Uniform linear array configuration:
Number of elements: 24
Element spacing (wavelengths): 0.5
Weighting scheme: kaiser
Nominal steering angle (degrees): -60
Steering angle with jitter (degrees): -58.521
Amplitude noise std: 0.05
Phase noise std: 0.05

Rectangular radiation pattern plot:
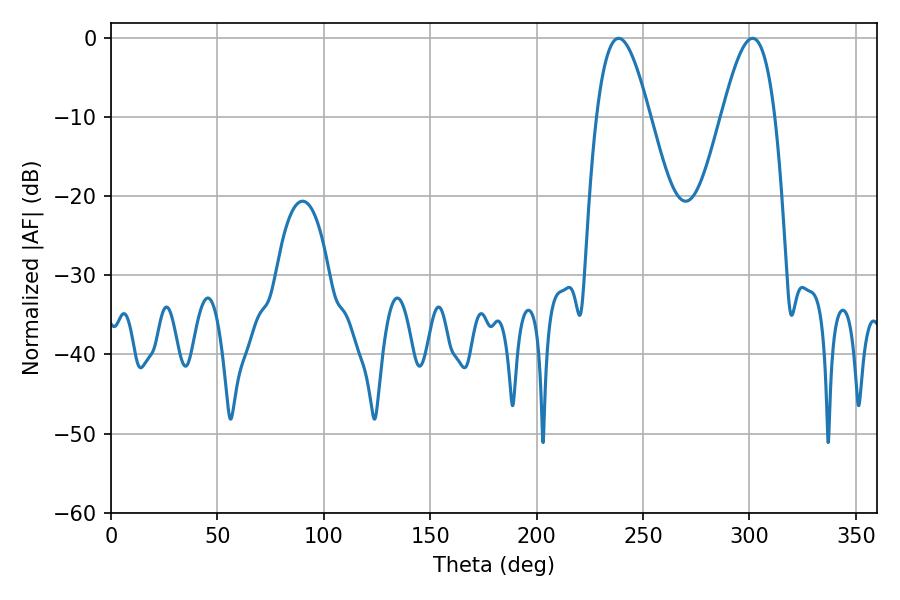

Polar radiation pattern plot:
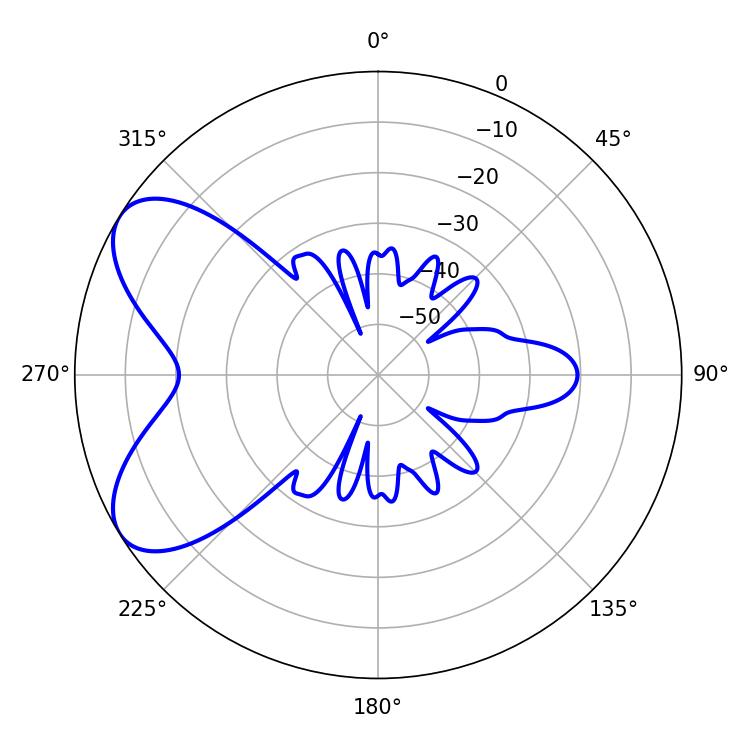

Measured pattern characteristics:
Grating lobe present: FALSE
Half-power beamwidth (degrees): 13.5
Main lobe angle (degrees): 238.5